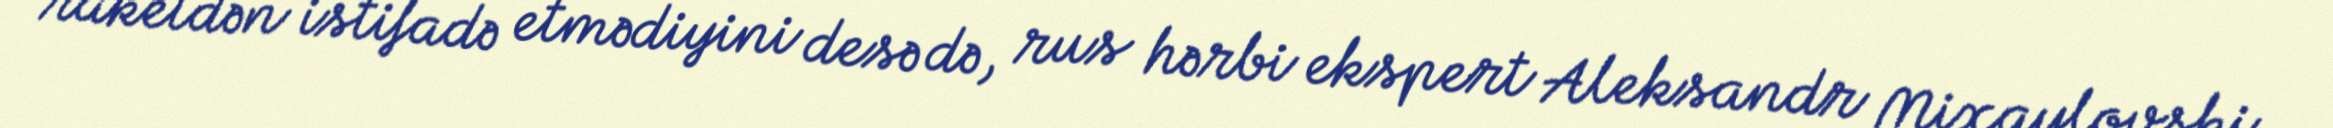
raketdən istifadə etmədiyini desə də, rus hərbi ekspert Aleksandr Mixaylovski